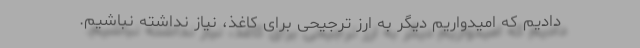
دادیم که امیدواریم دیگر به ارز ترجیحی برای کاغذ، نیاز نداشته نباشیم.